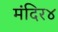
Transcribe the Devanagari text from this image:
मंदिर४